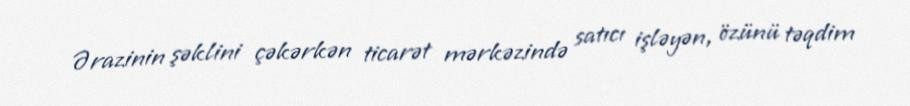
Ərazinin şəklini çəkərkən ticarət mərkəzində satıcı işləyən, özünü təqdim